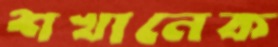
শখানেক